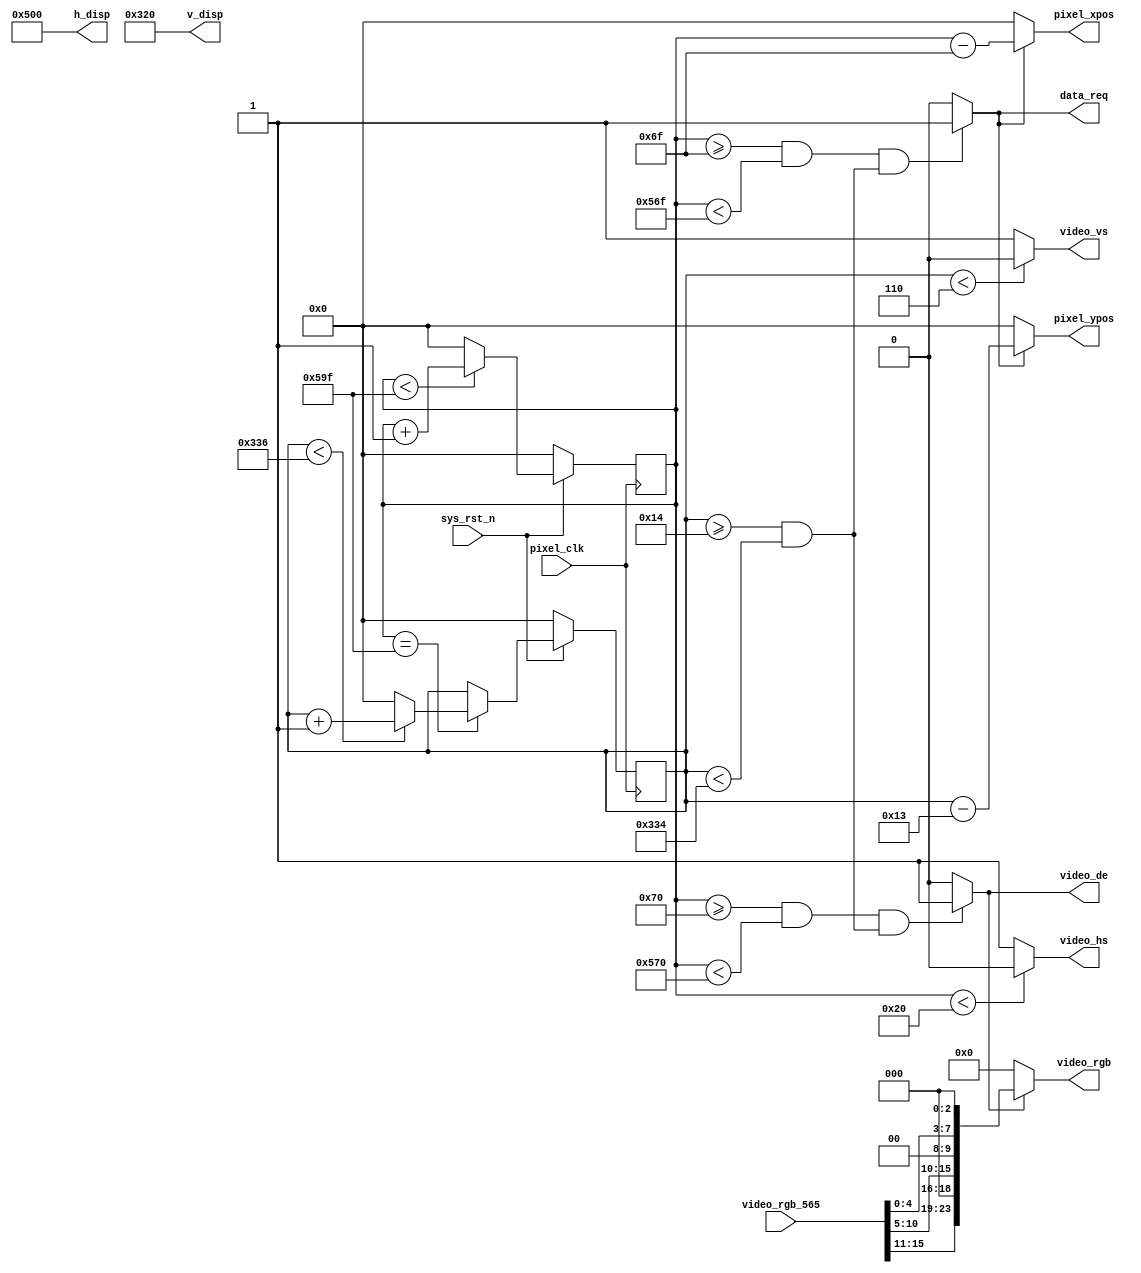


module video_driver(
    input           pixel_clk     ,
    input           sys_rst_n     ,
    
    //RGB
    output          video_hs      ,   //
    output          video_vs      ,   //
    output          video_de      ,   //
    output  [23:0]  video_rgb     ,   //RGB888
	 output          data_req      ,
    
    input   [15:0]  video_rgb_565 ,   //
    output  [10:0]  pixel_xpos    ,   //
    output  [10:0]  pixel_ypos    ,   //
	 output  [10:0]  h_disp        ,
	 output  [10:0]  v_disp
);

//parameter define

//1280*800 
parameter  H_SYNC   =  11'd32;  //
parameter  H_BACK   =  11'd80;  //
parameter  H_DISP   =  11'd1280; //
parameter  H_FRONT  =  11'd48;   //
parameter  H_TOTAL  =  11'd1440; //

parameter  V_SYNC   =  11'd6;    //
parameter  V_BACK   =  11'd14;   //
parameter  V_DISP   =  11'd800;  //
parameter  V_FRONT  =  11'd3;    //
parameter  V_TOTAL  =  11'd823;  //

//reg define
reg  [10:0] cnt_h;
reg  [10:0] cnt_v;

//wire define
wire       video_en;
wire [23:0]pixel_data; 
//*****************************************************
//**                    main code
//*****************************************************

assign video_de  = video_en;

assign video_hs  = ( cnt_h < H_SYNC ) ? 1'b0 : 1'b1;  //
assign video_vs  = ( cnt_v < V_SYNC ) ? 1'b0 : 1'b1;  //

//RGB
assign video_en  = (((cnt_h >= H_SYNC+H_BACK) && (cnt_h < H_SYNC+H_BACK+H_DISP))
                 &&((cnt_v >= V_SYNC+V_BACK) && (cnt_v < V_SYNC+V_BACK+V_DISP)))
                 ?  1'b1 : 1'b0;

//RGB888
assign video_rgb = video_en ? pixel_data : 24'd0;

//
assign data_req = (((cnt_h >= H_SYNC+H_BACK-1'b1) && 
                    (cnt_h < H_SYNC+H_BACK+H_DISP-1'b1))
                  && ((cnt_v >= V_SYNC+V_BACK) && (cnt_v < V_SYNC+V_BACK+V_DISP)))
                  ?  1'b1 : 1'b0;

//
assign pixel_xpos = data_req ? (cnt_h - (H_SYNC + H_BACK - 1'b1)) : 11'd0;
assign pixel_ypos = data_req ? (cnt_v - (V_SYNC + V_BACK - 1'b1)) : 11'd0;

assign pixel_data = {video_rgb_565[15:11],3'b000,video_rgb_565[10:5],2'b00,
                    video_rgb_565[4:0],3'b000};

//
assign h_disp = H_DISP;
assign v_disp = V_DISP; 

//
always @(posedge pixel_clk ) begin
    if (!sys_rst_n)
        cnt_h <= 11'd0;
    else begin
        if(cnt_h < H_TOTAL - 1'b1)
            cnt_h <= cnt_h + 1'b1;
        else 
            cnt_h <= 11'd0;
    end
end

//
always @(posedge pixel_clk ) begin
    if (!sys_rst_n)
        cnt_v <= 11'd0;
    else if(cnt_h == H_TOTAL - 1'b1) begin
        if(cnt_v < V_TOTAL - 1'b1)
            cnt_v <= cnt_v + 1'b1;
        else 
            cnt_v <= 11'd0;
    end
end

endmodule